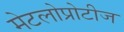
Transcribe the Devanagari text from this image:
मेटलोप्रोटीज